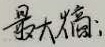
最大熵：

这段内容没有涉及公式环境相关的格式问题，按原样输出即可。